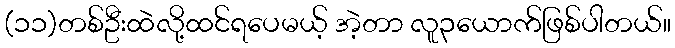
(၁၁)တစ်ဦးထဲလို့ထင်ရပေမယ့် အဲ့တာ လူ၃ယောက်ဖြစ်ပါတယ်။